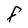
Character: F